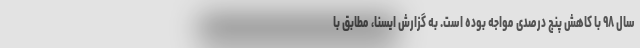
سال ۹۸ با کاهش پنج درصدی مواجه بوده است. به گزارش ایسنا، مطابق با